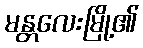
မန္တလေးမြို့၏